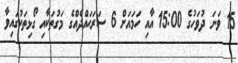
15 ވަނަ ދުވަހުގެ 15:00 އާއި ހަމައަށް 6 ސަރަޙައްދެއްގެ މަގުތަކާއި ގޯޅިތަކުގައިވާ